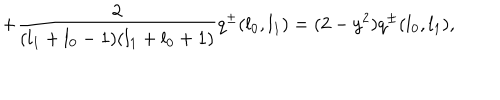
+ \frac { 2 } { ( l _ { 1 } + l _ { 0 } - 1 ) ( l _ { 1 } + l _ { 0 } + 1 ) } q ^ { \pm } ( l _ { 0 } , l _ { 1 } ) = ( 2 - y ^ { 2 } ) q ^ { \pm } ( l _ { 0 } , l _ { 1 } ) ,